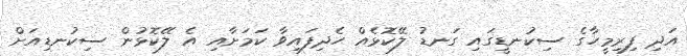
އަދި ފިރިމީހާގެ ސިކުނޑީގައި ގަނޑު ލޭކޮޅެއް ހެދިފައިވާ ކަމަށާއި އެ ލޭކޮޅުން ސިކުނޑިއަށް